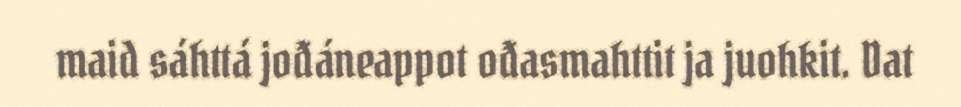
maid sáhttá jođáneappot ođasmahttit ja juohkit. Dat